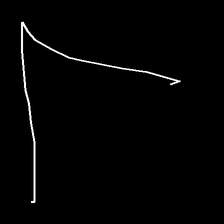
Glyph: region